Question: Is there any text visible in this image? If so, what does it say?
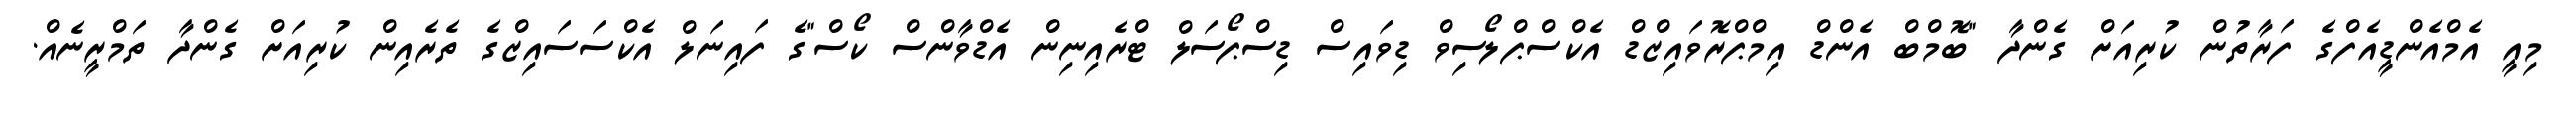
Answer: މިއީ އެމްއެންޑީއެފްގެ ފަރާތުން ކުރިއަށް ގެންދާ "ބޮމްބް އެންޑް އިމްޕްރޮވައިޒްޑް އެކްސްޕްލޯސިވް ޑިވައިސް ޑިސްޕޯސަލް ޓްރެއިނިން އެޑްވާންސް ކޯސް"ގެ ފައިނަލް އެކްސަސައިޒްގެ ތެރެއިން ކުރިއަށް ގެންދާ ތަމްރީނެއް.